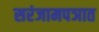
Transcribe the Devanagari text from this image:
सरंजामपञात